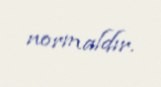
normaldır.